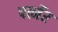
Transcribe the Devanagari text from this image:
पर्त्नेर